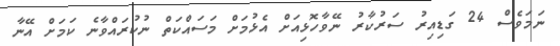
ނަމަވެސް 24 ގަޑިއިރު ސަރުކާރު ނޭވާހޮޅިއަށް އެޅުމަށް މަސައްކަތް ނުކުރައްވާނެ ކަމަށް އޭނާ